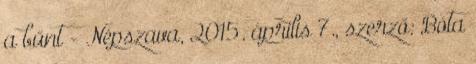
a bűnt - Népszava, 2015. április 7., szerző: Bóta